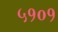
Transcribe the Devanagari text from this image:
५१०१